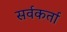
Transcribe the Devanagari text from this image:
सर्वकर्ता